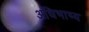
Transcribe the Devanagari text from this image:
अधिभाष्य